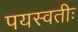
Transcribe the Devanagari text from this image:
पयस्वतीः